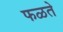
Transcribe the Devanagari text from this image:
फळते